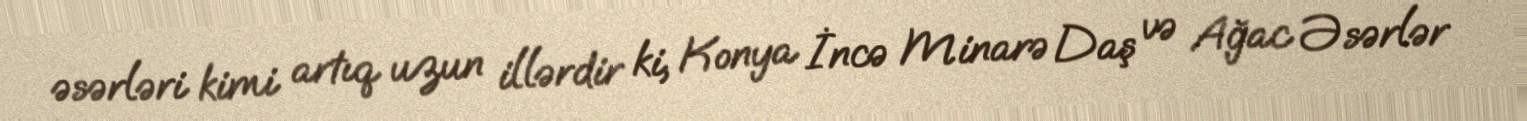
əsərləri kimi artıq uzun illərdir ki, Konya İncə Minarə Daş və Ağac Əsərlər